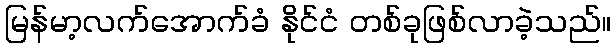
မြန်မာ့လက်အောက်ခံ နိုင်ငံ တစ်ခုဖြစ်လာခဲ့သည်။